Civil Veterinary Department Bihar reports 1940-50 - 1940-1950
Year: 1940
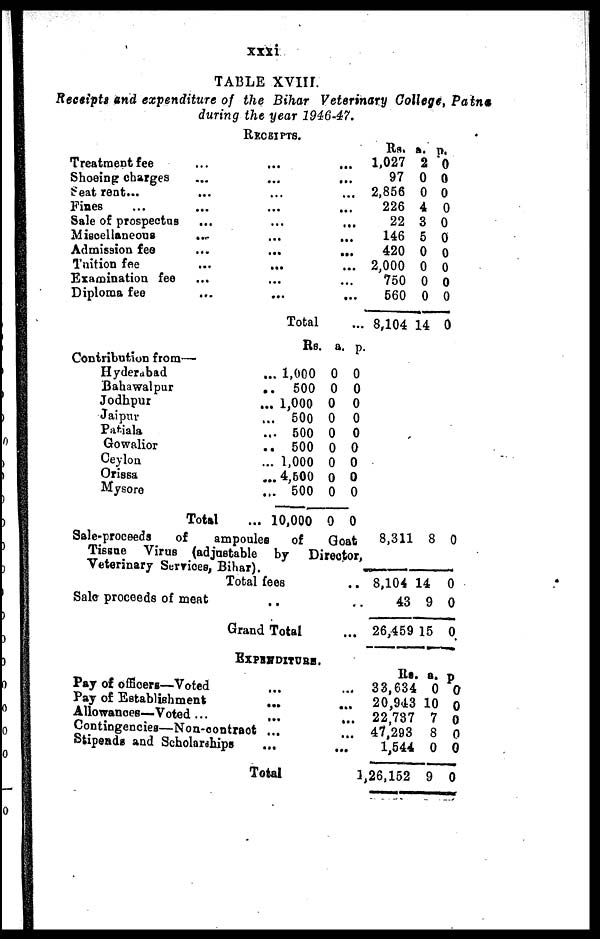
xxxi
TABLE XVIII
Receipts and expenditure of the Bihar Veterinary College, Patna
during the year 1946-47.
RECEIPTS.
Treatment fee ...
Shoeing charges
Seat rent ...
...
Fines ... ...
Sale of prospectus ...
Miscellaneous ...
Admission fee
Tuition fee ...
Examination fee
Diploma fee
...
...
...
...
...
...
...
...
...
...
Total
...
...
...
...
...
...
...
...
...
...
...
Rs.
1,027
97
2,856
226
22
146
420
2,000
750
560
8,104
a.
2
0
0
4
3
5
0
0
0
0
14
p.
0
0
0
0
0
0
0
0
0
0
0
Contribution from—
Hyderabad
Bahawalpur
Jodhpur
Jaipur
Patiala
Gowalior
Ceylon
Orissa
Mysore
Total
Rs
... 1,000
..
500
... 1,000
... 500
... 500
.. 500
... 1,000
...4,500
... 500
... 10,000
a.
0
0
0
0
0
0
0
0
0
0
p.
0
0
0
0
0
0
0
0
0
0
Sale-proceeds
of
ampoules
of
Goat
Tissue Virus (adjustable by
Director.
Veterinary Services, Bihar).
Total fees ...
Sale proceeds of meat .. ..
Grand Total ...
8,311
8,104 1
43
26,459
8
4
9
15
0
0
0
0
EXPENDITURE.
Pay of officers—Voted ... ...
Pay of Establishment ...
Allowances—Voted ...
...
...
Contingencies—Non-contract ...
Stipends and Scholarships
...
...
Total
Rs.
33,634
20,943
22,737
47 293
1,544
1,26,152
a.
0
10
7 0
8
0
9
p.
0
0
0
0
0